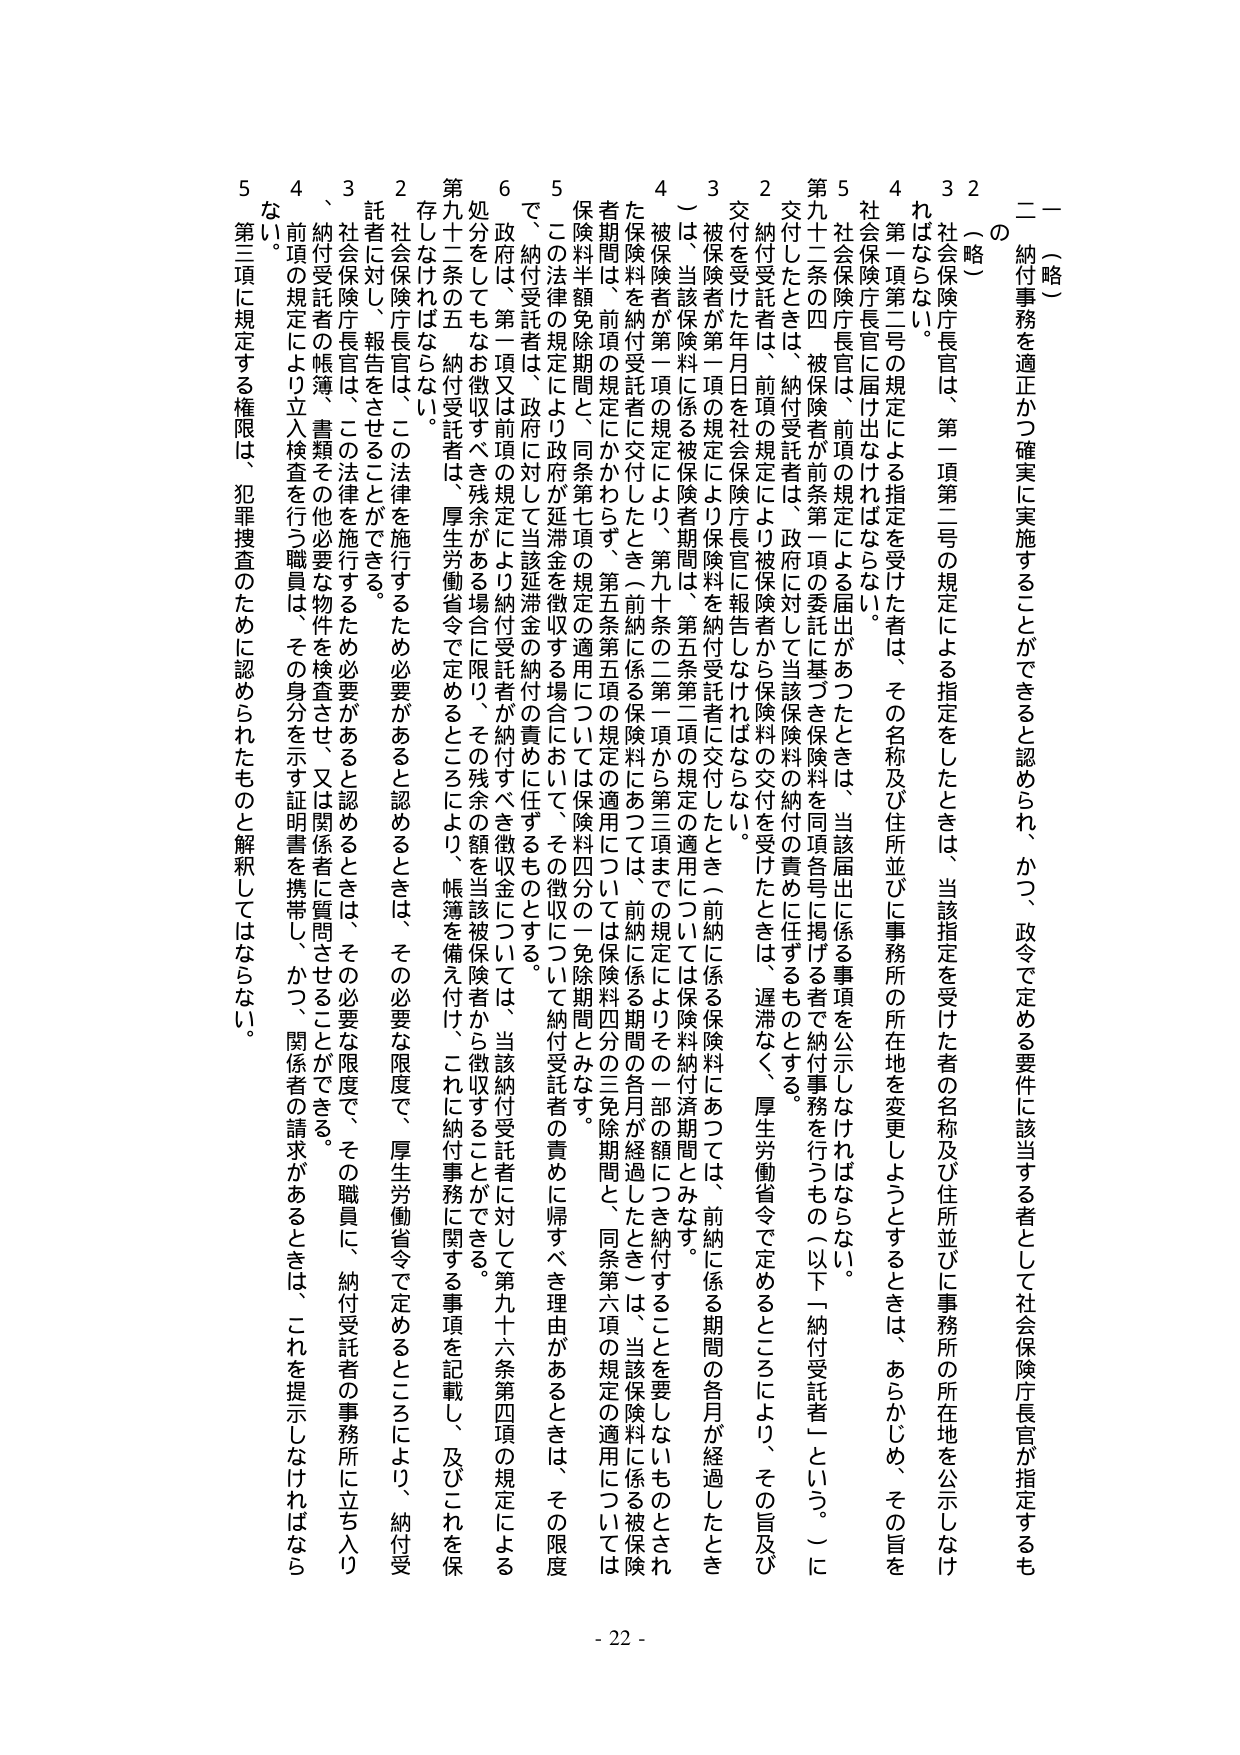
一（略）

二　納付事務を適正かつ確実に実施することができるとう認められ、かつ、政令で定める要件に該当する者として社会保険庁長官が指定するもの

（略）

２　社会保険庁長官は、第一項第二号の規定による指定をしたときは、当該指定を受けた者の名称及び住所並びに事務所の所在地を公示しなければならない。

３　社会保険庁長官は、第一項第二号の規定による指定を受けた者は、その名称及び住所並びに事務所の所在地を変更しようとするときは、あらかじめ、その旨を社会保険庁長官に届け出なければならない。

４　社会保険庁長官は、前項の規定による届出があつたときは、当該届出に係る事項を公示しなければならない。

５　社会保険庁長官は、前項の規定による届出があつたときは、当該届出に係る事項を公示しなければならない。

第六十二条の四　被保険者が前条第一項の委託に基づき保険料を同項各号に掲げる者で納付事務を行うもの（以下「納付受託者」という。）に交付したときは、納付受託者は、政府に対して当該保険料の納付の責めに任ずるものとする。

２　納付受託者は、前項の規定により被保険者から保険料の交付を受けたときは、遅滞なく、厚生労働省令で定めるところにより、その旨及び交付を受けた年月日を社会保険庁長官に報告しなければならない。

３　被保険者が第一項の規定により保険料を納付受託者に交付したとき（前納に係る保険料にあつては、前納に係る期間の各月が経過したとき）は、当該保険料に係る被保険者期間は、第五条第二項の規定の適用については保険料納付済期間とみなす。

４　被保険者が第一項の規定により、第九十条の二第一項から第三項までの規定によりその一部の額につき納付することを要しないものとされた保険料は、納付受託者に交付したとき（前納に係る保険料にあつては、前納に係る期間の各月が経過したとき）は、当該保険料に係る被保険者期間は、前項の規定にかかわらず、第五条第五項の規定の適用については保険料四分の三免除期間と、同条第六項の規定の適用については保険料半額免除期間と、同条第七項の規定の適用については保険料四分の一免除期間とみなす。

５　この法律の規定により政府が延滞金を徴収する場合において、その徴収について納付受託者の責めに帰すべき理由があるときは、その限度で、納付受託者は、政府に対して当該延滞金の納付の責めに任ずるものとする。

６　政府は、第一項又は前項の規定により納付受託者が納付すべき徴収金については、当該納付受託者に対して第九十六条第四項の規定による処分をしてもなお徴収すべき残余がある場合に限り、その残余の額を当該被保険者から徴収することができる。

第九十二条の五　納付受託者は、厚生労働省令で定めるところにより、帳簿を備え付け、これに納付事務に関する事項を記載し、及びこれを保存しなければならない。

２　社会保険庁長官は、この法律を施行するため必要があると認めるときは、その必要な限度で、厚生労働省令で定めるところにより、納付受託者に対し、報告をさせることができる。

３　社会保険庁長官は、この法律を施行するため必要があると認めるときは、その必要な限度で、その職員に、納付受託者の事務所に立ち入り、納付受託者の帳簿、書類その他必要な物を検査させ、又は関係者に質問させることができる。

４　前項の規定により立入検査を行う職員は、その身分を示す証明書を携帯し、かつ、関係者の請求があるときは、これを提示しなければならない。

５　第三項に規定する権限は、犯罪捜査のために認められたものと解釈してはならない。

- 22 -